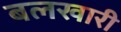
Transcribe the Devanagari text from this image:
बलखारी